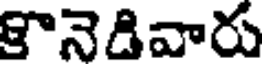
కొనెడివారు